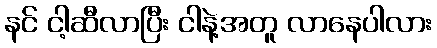
နင် ငါ့ဆီလာပြီး ငါနဲ့အတူ လာနေပါလား